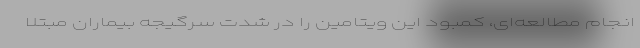
انجام مطالعه‌ای، کمبود این ویتامین را در شدت سرگیجه بیماران مبتلا